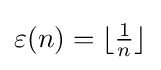
\varepsilon (n)=\lfloor {\tfrac {1}{n}}\rfloor